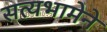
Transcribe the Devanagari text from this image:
सत्यभामेने